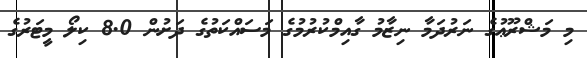
މި މަޝްރޫޢުގެ ނަރުދަމާ ނިޒާމު ގާއިމްކުރުމުގެ މަސައްކަތުގެ ދަށުން 8.0 ކިލޯ މީޓަރުގެ